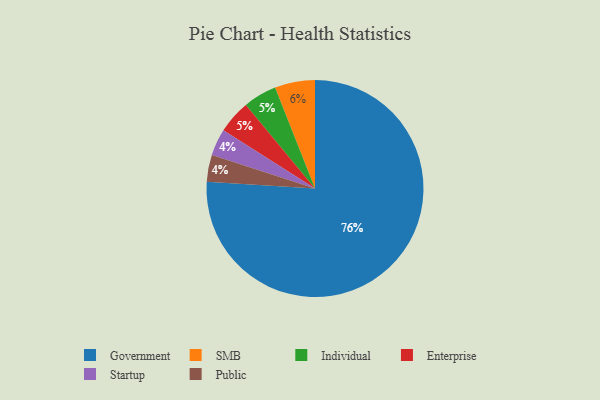
{"axis": {"x": "Category", "y": "Percentage"}, "legend": ["Enterprise", "Government", "Individual", "Public", "SMB", "Startup"], "data": [{"x": "Startup", "y": 4, "type": "Startup"}, {"x": "SMB", "y": 6, "type": "SMB"}, {"x": "Individual", "y": 5, "type": "Individual"}, {"x": "Enterprise", "y": 5, "type": "Enterprise"}, {"x": "Public", "y": 4, "type": "Public"}, {"x": "Government", "y": 76, "type": "Government"}]}